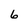
Character: 6